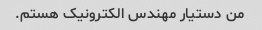
من دستیار مهندس الکترونیک هستم.